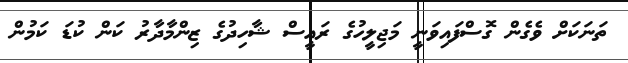
ތަނަކަށް ވެގެން ގޮސްފައިވަނީ މަޖިލީހުގެ ރައީސް ޝާހިދުގެ ޒިންމާދާރު ކަން ކުޑަ ކަމުން